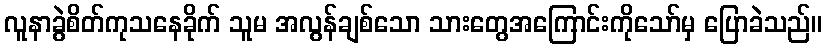
လူနာခွဲစိတ်ကုသနေခိုက် သူမ အလွန်ချစ်သော သားတွေအကြောင်းကိုသော်မှ ပြောခဲသည်။